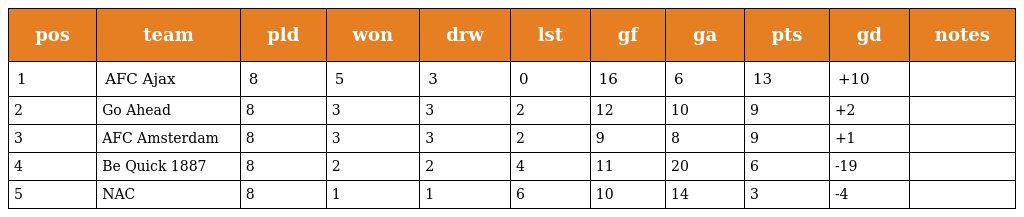
| pos | team | pld | won | drw | lst | gf | ga | pts | gd | notes |
 | --- | --- | --- | --- | --- | --- | --- | --- | --- | --- | --- |
 | 1 | AFC Ajax | 8 | 5 | 3 | 0 | 16 | 6 | 13 | +10 |  |
 | 2 | Go Ahead | 8 | 3 | 3 | 2 | 12 | 10 | 9 | +2 |  |
 | 3 | AFC Amsterdam | 8 | 3 | 3 | 2 | 9 | 8 | 9 | +1 |  |
 | 4 | Be Quick 1887 | 8 | 2 | 2 | 4 | 11 | 20 | 6 | -19 |  |
 | 5 | NAC | 8 | 1 | 1 | 6 | 10 | 14 | 3 | -4 |  |